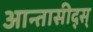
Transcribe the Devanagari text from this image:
आन्तासीद्स्